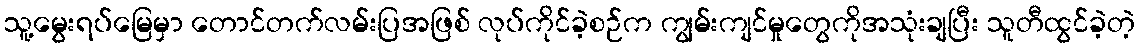
သူ့မွေးရပ်မြေမှာ တောင်တက်လမ်းပြအဖြစ် လုပ်ကိုင်ခဲ့စဉ်က ကျွမ်းကျင်မှုတွေကိုအသုံးချပြီး သူတီထွင်ခဲ့တဲ့